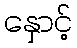
နှောင့်